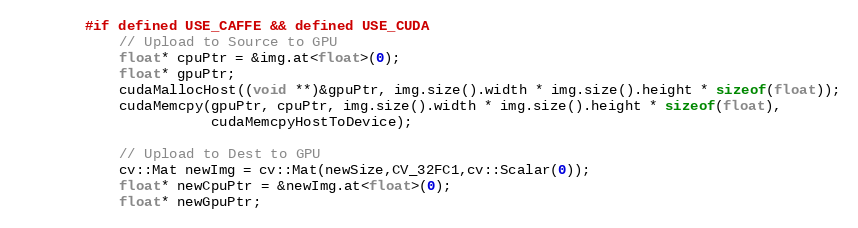
Language: C++
        #if defined USE_CAFFE && defined USE_CUDA
            // Upload to Source to GPU
            float* cpuPtr = &img.at<float>(0);
            float* gpuPtr;
            cudaMallocHost((void **)&gpuPtr, img.size().width * img.size().height * sizeof(float));
            cudaMemcpy(gpuPtr, cpuPtr, img.size().width * img.size().height * sizeof(float),
                       cudaMemcpyHostToDevice);

            // Upload to Dest to GPU
            cv::Mat newImg = cv::Mat(newSize,CV_32FC1,cv::Scalar(0));
            float* newCpuPtr = &newImg.at<float>(0);
            float* newGpuPtr;